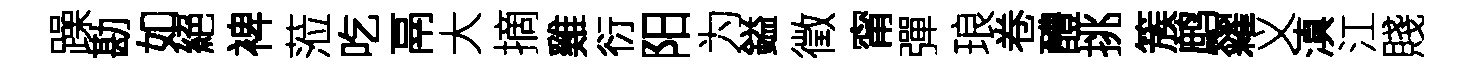
躁勘如絕裨蒞吃鬲大摘雞衍阳为鎰徵甯彈琅卷醴挑簇鹧糴义滇江賤